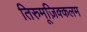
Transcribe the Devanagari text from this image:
तिरुमूज़िक्कलम